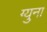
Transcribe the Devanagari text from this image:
ग्युना